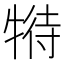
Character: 𤚟